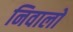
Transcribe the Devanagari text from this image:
निवालो